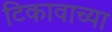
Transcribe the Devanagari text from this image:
टिकावाच्या